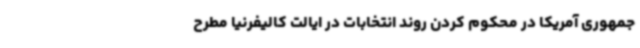
جمهوری آمریکا در محکوم کردن روند انتخابات در ایالت کالیفرنیا مطرح